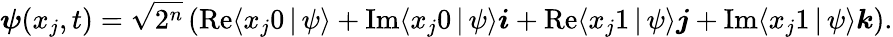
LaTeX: \boldsymbol{\psi}(x_{j},t)=\sqrt{2^{n}}\left(\mathrm{Re}{\langle x_{j}0\, |\, \psi\rangle}+\mathrm{Im}{\langle x_{j}0\, |\, \psi\rangle}\boldsymbol{i}+\mathrm{Re}{\langle x_{j}1\, |\, \psi\rangle}\boldsymbol{j}+\mathrm{Im}{\langle x_{j}1\, |\, \psi\rangle}\boldsymbol{k}\right).